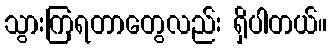
သွားကြရတာတွေလည်း ရှိပါတယ်။